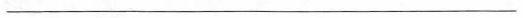
___